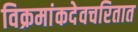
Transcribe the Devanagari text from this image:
विक्रमांकदेवचरितात